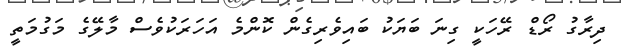
ދިރާގު ރޯޑް ރޭހަކީ ގިނަ ބަޔަކު ބައިވެރިގެން ކޮންމެ އަހަރަކުވެސް މާލޭގެ މަގުމަތީ